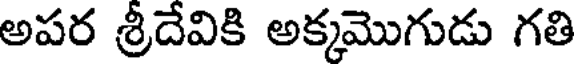
అపర శ్రీదేవికి అక్కమొగుడు గతి